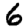
Digit: 6